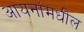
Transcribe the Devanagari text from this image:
आयनांमधील